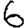
Digit: 6